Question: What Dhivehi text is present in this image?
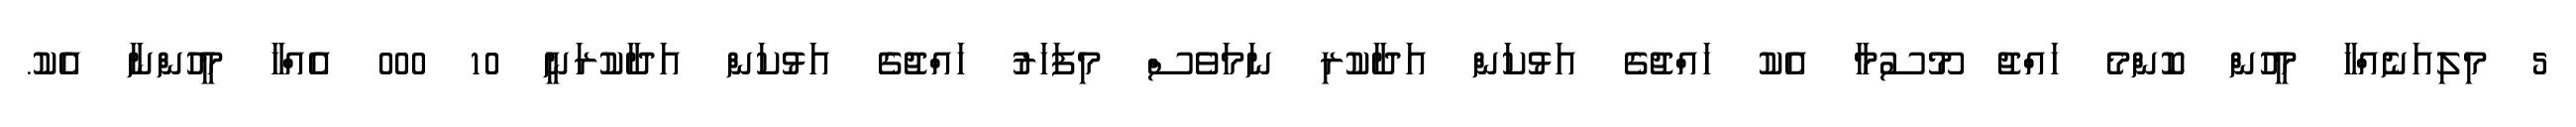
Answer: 5 މިލިއަނެއްހާ މީހުން ކޮންމެ ހައްޖު މޫސުމާ އެކު ހައްޖުގެ އަޅުކަން އަދާކުރި ނަމަވެސް މިފަހަރު ހައްޖުގެ އަޅުކަން އަދާކުރަނީ 10 000 އެއްހާ މީހުންނާ އެކު.